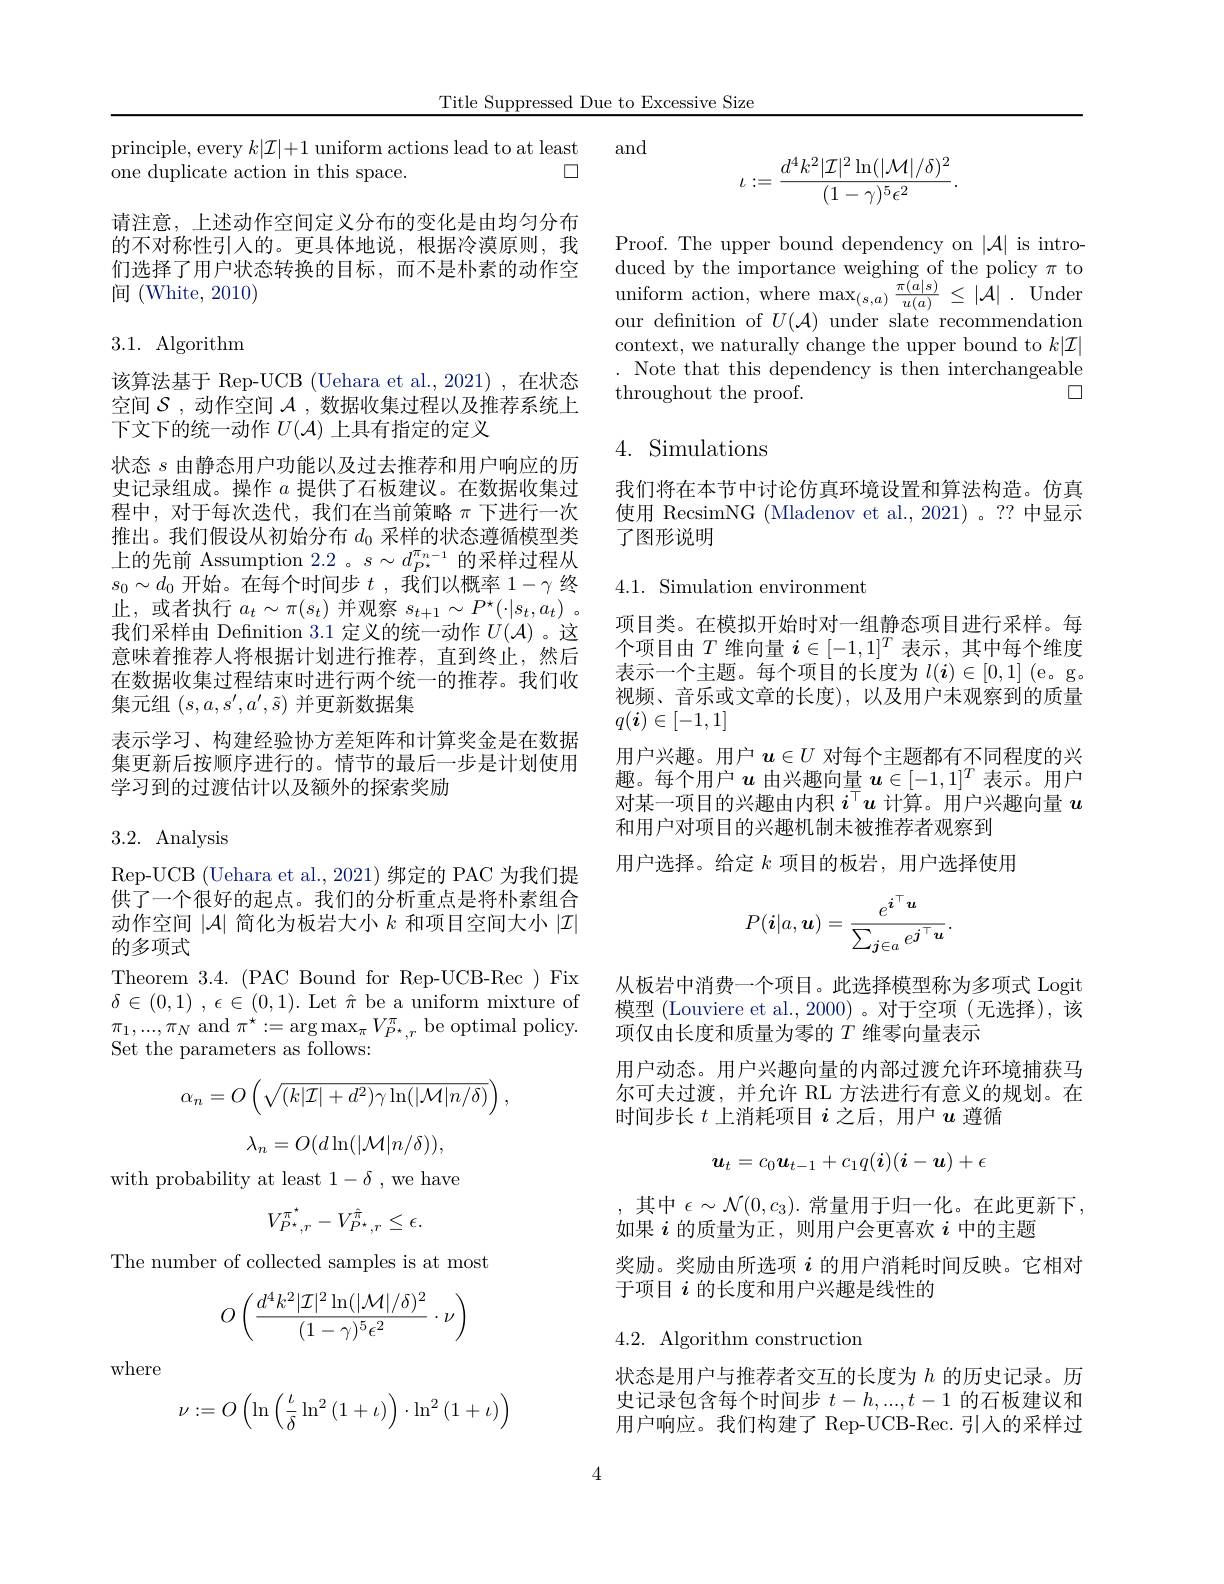
Title Suppressed Due to Excessive Size

and

principle, every $k|\mathcal{I}|+1$ uniform actions lead to at least
口
one duplicate action in this space.

请注意，上述动作空间定义分布的变化是由均匀分布的不对称性引人的。更具体地说，根据冷漠原则，我们选择了用户状态转换的目标，而不是朴素的动作空间 (White, 2010)

### 3.1. Algorithm

该算法基于 Rep-UCB (Uehara et al.,2021) ,在状态空间$\mathcal{S}$,动作空间$\mathcal{A}$,数据收集过程以及推荐系统上下文下的统一动作$U(\mathcal{A})$上具有指定的定义
状态$s$由静态用户功能以及过去推荐和用户响应的历史记录组成。操作$a$提供了石板建议。在数据收集过程中，对于每次迭代，我们在当前策略$\pi$下进行一次推出。我们假设从初始分布$d_0$采样的状态遵循模型类上的先前 Assumption 2.2 。$s\sim d_{P*}^{\pi_{n-1}}$的采样过程从$s_0\sim d_0$开始。在每个时间步$t$ ,我们以概率$1-\gamma$终止，或者执行$a_t\sim\pi(s_t)$并观察$s_t+1\sim P^{\star}(\cdot|s_t,a_t)$。我们采样由 Defnition 3.1 定义的统一动作$U(\mathcal{A})$ 。这意味着推荐人将根据计划进行推荐，直到终止，然后在数据收集过程结束时进行两个统一的推荐。我们收集元组$(s,a,s^{\prime},a^{\prime},\tilde{s})$并更新数据集
表示学习、构建经验协方差矩阵和计算奖金是在数据集更新后按顺序进行的。情节的最后一步是计划使用学习到的过渡估计以及额外的探索奖励

## 3.2. Analysis

Rep-UCB (Uehara et al., 2021) 绑定的 PAC 为我们提供了一个很好的起点。我们的分析重点是将朴素组合动作空间$|\mathcal{A}|$简化为板岩大小$k$和项目空间大小$|\mathcal{I}|$ 的多项式
Theorem 3.4. ( PAC Bound for Rep- UCB- Rec ) Fix $\delta \in ( 0, 1)$ , $\epsilon \in ( 0, 1) .$ Let $\hat{\pi}$ be a uniform mixture of $\begin{array}{l}{\pi_{1},...,\pi_{N}\mathrm{~and~}\pi^{\star}:=\arg\max_{\pi}V_{P^{\star},r}^{\pi}\mathrm{~be~optimal~policy.}}\\{\pi_{1},...,\pi_{N}\mathrm{~and~}\pi^{\star}:=\arg\max_{\pi}V_{P^{\star},r}^{\pi}\mathrm{~be~optimal~policy.}}\end{array}$ Set the parameters as follows:
$$\alpha_{n}=O\left(\sqrt{(k|\mathcal{I}|+d^{2})\gamma\ln(|\mathcal{M}|n/\delta)}\right),$$
$$\lambda_n=O(d\ln(|\mathcal{M}|n/\delta)),$$
with probability at least $1-\delta$,we have
$$V_{P^{\star},r}^{\pi^{\star}}-V_{P^{\star},r}^{\hat{\pi}}\leq\epsilon.$$
The number of collected samples is at most
$$O\left(\frac{d^4k^2|\mathcal{I}|^2\ln(|\mathcal{M}|/\delta)^2}{(1-\gamma)^5\epsilon^2}\cdot\nu\right)$$
where
$$\nu:=O\left(\ln\left(\frac{\iota}{\delta}\ln^2\left(1+\iota\right)\right)\cdot\ln^2\left(1+\iota\right)\right)$$
$$\iota:=\frac{d^4k^2|\mathcal{I}|^2\ln(|\mathcal{M}|/\delta)^2}{(1-\gamma)^5\epsilon^2}.$$
Proof. The upper bound dependency on $|\mathcal{A}|$ is introduced by the importance weighing of the policy to $\text{uniform action, where max}_{( s, a) }\frac {\pi ( a| s) }{u( a) }\leq | \mathcal{A} | .$ Under our definition of $U( A)$ under slate recommendation our definition of $U(\mathcal{A})$ under slate recommendation context, we naturally change the upper bound to $k|\mathcal{I}|$ . Note that this dependency is then interchangeable
$\square$
throughout the proof.

## 4. Simulations

我们将在本节中讨论仿真环境设置和算法构造。仿真使用 RecsimNG (Mladenov et al.,2021)。?? 中显示了图形说明

## $4.1.{\mathrm{~Simulation~environment}}$

项目类。在模拟开始时对一组静态项目进行采样。每个项目由$T$维向量$i\in[-1,1]^T$表示 ,其中每个维度表示一个主题。每个项目的长度为$l(i)\in[0,1]$ (e。g。视频、音乐或文章的长度),以及用户未观察到的质量$q(\boldsymbol{i})\in[-1,1]$
用户兴趣。用户$\boldsymbol{u}\in U$对每个主题都有不同程度的兴趣。每个用户$u$由兴趣向量$\boldsymbol{u}\in[-1,1]^T$表示。用户对某一项目的兴趣由内积$i^\top u$计算。用户兴趣向量$u$ 和用户对项目的兴趣机制未被推荐者观察到
用户选择。给定$k$项目的板岩，用户选择使用
$$P(\boldsymbol{i}|a,\boldsymbol{u})=\frac{e^{\boldsymbol{i}^\top\boldsymbol{u}}}{\sum_{\boldsymbol{j}\in a}e^{\boldsymbol{j}^\top\boldsymbol{u}}}.$$
从板岩中消费一个项目。此选择模型称为多项式 Logit 模型 (Louviere et al.,2000) 。对于空项 (无选择),该项仅由长度和质量为零的$T$维零向量表示
用户动态。用户兴趣向量的内部过渡允许环境捕获马尔可夫过渡，并允许 RL 方法进行有意义的规划。在时间步长$t$上消耗项目$i$之后，用户$u$遵循
$$\boldsymbol{u}_t=c_0\boldsymbol{u}_{t-1}+c_1q(\boldsymbol{i})(\boldsymbol{i}-\boldsymbol{u})+\epsilon $$
其中$\epsilon\sim\mathcal{N}(0,c_3).$常量用于归一化。在此更新下，
如果$i$的质量为正，则用户会更喜欢$i$中的主题
奖励。奖励由所选项$i$的用户消耗时间反映。它相对
于项目$i$的长度和用户兴趣是线性的

4.2. Algorithm construction

状态是用户与推荐者交互的长度为$h$的历史记录。历史记录包含每个时间步$t-h,...,t-1$的石板建议和用户响应。我们构建了 Rep-UCB-Rec. 引入的采样过

4